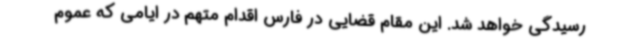
رسیدگی خواهد شد. این مقام قضایی در فارس اقدام متهم در ایامی که عموم